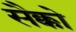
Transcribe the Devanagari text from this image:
सैक्को